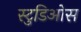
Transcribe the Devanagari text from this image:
स्टुडिओस